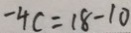
- 4 c = 1 8 - 1 0